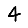
Digit: 4